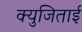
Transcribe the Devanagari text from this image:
क्युजिताई